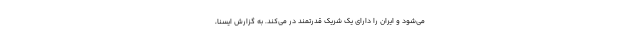
می‌شود و ایران را دارای یک شریک قدرتمند در می‌کند. به گزارش ایسنا،